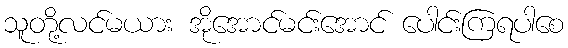
သူတို့လင်မယား အိုအောင်မင်းအောင် ပေါင်းကြရပါစေ